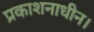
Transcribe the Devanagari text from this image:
प्रकाशनाधीन।